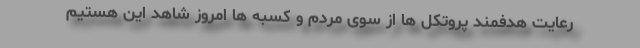
رعایت هدفمند پروتکل ها از سوی مردم و کسبه ها امروز شاهد این هستیم